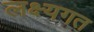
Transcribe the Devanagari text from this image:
लक्ष्यगत